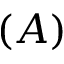
( A )